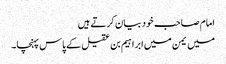
امام صاحب خود بیان کرتے ہیں
میں یمن میں ابراہیم بن عقیل کے پاس پہنچا۔